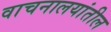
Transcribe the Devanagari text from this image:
वाचनालयांतील